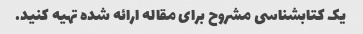
یک کتابشناسی مشروح برای مقاله ارائه شده تهیه کنید.